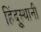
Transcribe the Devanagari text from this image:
हिंदूुस्थानी